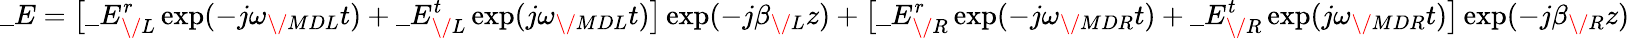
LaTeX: \_ E=\big[\_ E_{\/ L}^{r}\exp(-j\omega_{\/ {MDL}}t)+\_ E_{\/ L}^{t}\exp(j\omega_{\/ {MDL}}t)\big]\exp(-j\beta_{\/ L}z)+\big[\_ E_{\/ R}^{r}\exp(-j\omega_{\/ {MDR}}t)+\_ E_{\/ R}^{t}\exp(j\omega_{\/ {MDR}}t)\big]\exp(-j\beta_{\/ R}z)